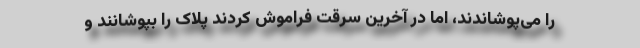
را می‌پوشاندند، اما در آخرین سرقت فراموش کردند پلاک را بپوشانند و